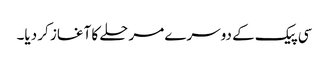
سی پیک کے دوسرے مرحلے کا آغاز کر دیا۔